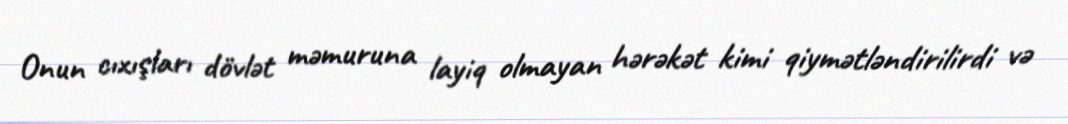
Onun cıxışları dövlət məmuruna layiq olmayan hərəkət kimi qiymətləndirilirdi və